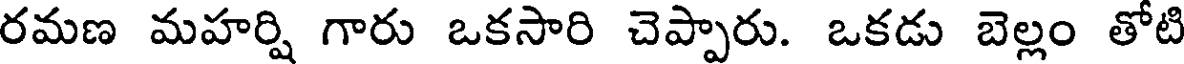
రమణ మహర్షి గారు ఒకసారి చెప్పారు. ఒకడు బెల్లం తోటి